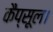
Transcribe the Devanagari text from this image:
कैप्सूल।